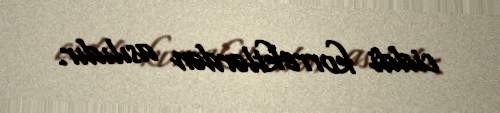
ciddi korrektlərdən asılıdır.